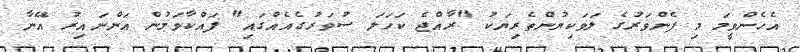
އެހެންވީމަ މި ފެންވަރުގެ ލަވަކިޔުންތެރިޔަކު "ރާއްޖެ ކަހަލަ ސުވަރުގެއެއްގައި" ފައްކާވަމުން އަންނައިރު އޭނާ